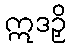
ဣဒဉှိ